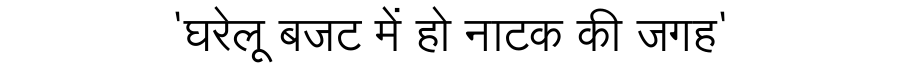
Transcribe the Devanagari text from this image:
'घरेलू बजट में हो नाटक की जगह'